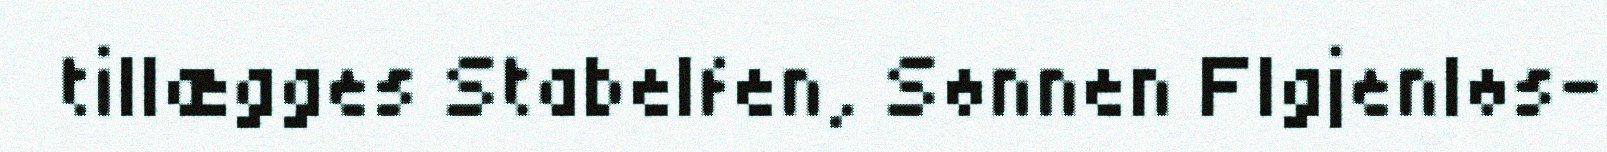
tillægges Stabelfen, Sønnen FIgjenløs-